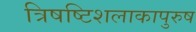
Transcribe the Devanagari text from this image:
त्रिषष्टिशलाकापुरुष